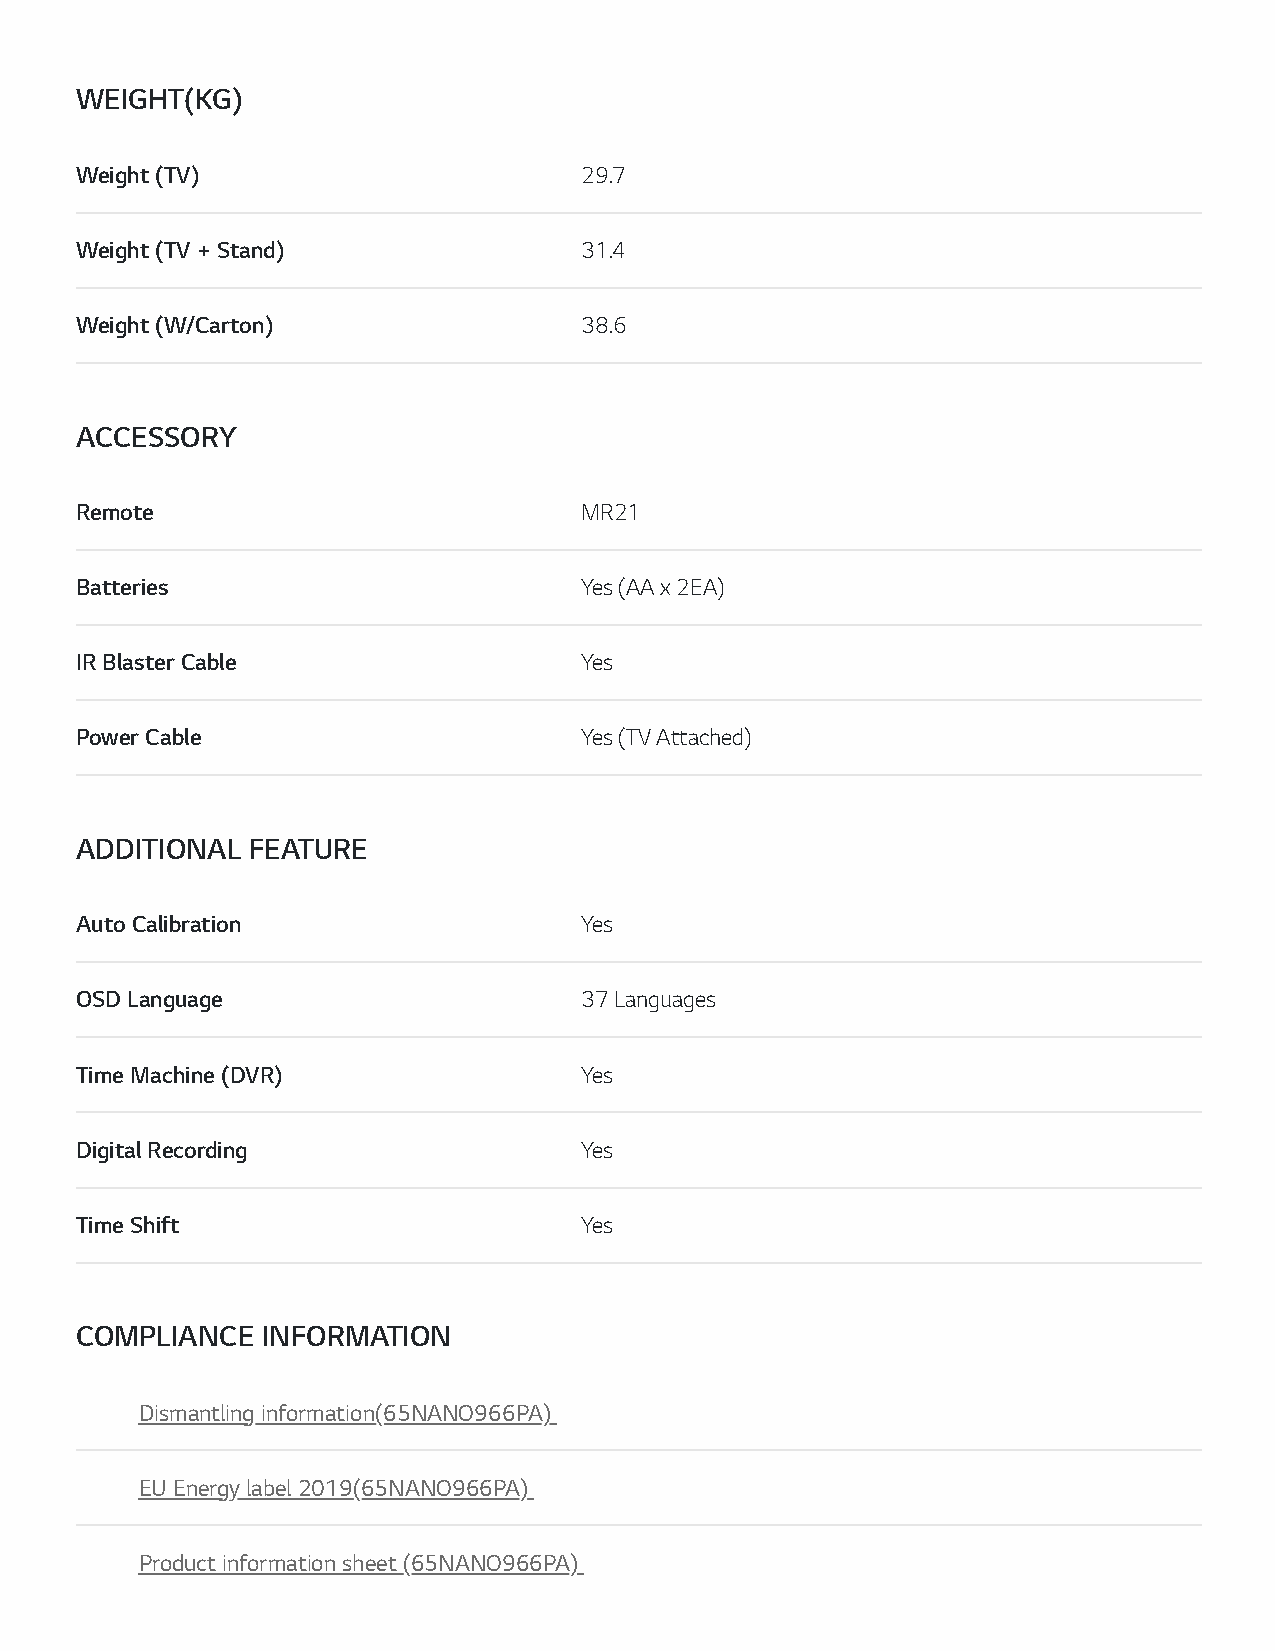
WEIGHT(KG)
 Weight (TV)                      29.7
 Weight (TV + Stand)              31.4
 Weight (W/Carton)                38.6
 ACCESSORY
 Remote                           MR21
 Batteries                        Yes (AA x 2EA)
 IR Blaster Cable                 Yes
 Power Cable                      Yes (TV Attached)
 ADDITIONAL FEATURE
 Auto Calibration                 Yes
 OSD Language                     37 Languages
 Time Machine (DVR)               Yes
 Digital Recording                Yes
 Time Shift                       Yes
 COMPLIANCE  INFORMATION
 Dismantling information(65NANO966PA)
 EU Energy label 2019(65NANO966PA)
 Product information sheet (65NANO966PA)